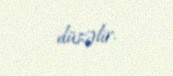
düzəlir.